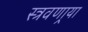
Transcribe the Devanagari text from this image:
स्त्रवणार्‍या